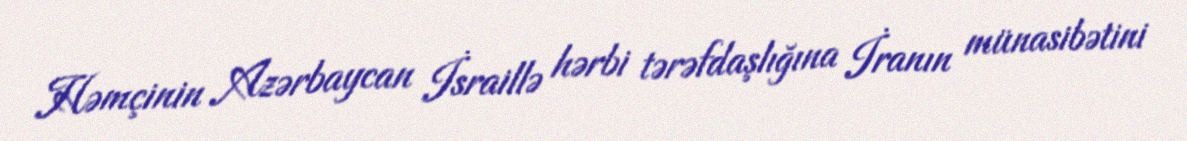
Həmçinin Azərbaycan İsraillə hərbi tərəfdaşlığına İranın münasibətini